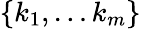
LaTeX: \{ k_{1},\dots k_{m}\}